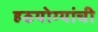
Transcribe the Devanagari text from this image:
हठयोग्यांची